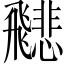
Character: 𩙻